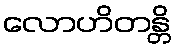
လောဟိတန္တိ